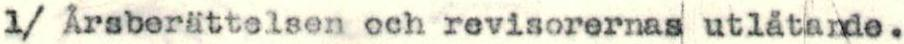
1/ Årsberättelsen och revisorernas utlåtande.